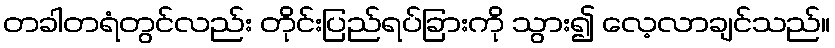
တခါတရံတွင်လည်း တိုင်းပြည်ရပ်ခြားကို သွား၍ လေ့လာချင်သည်။